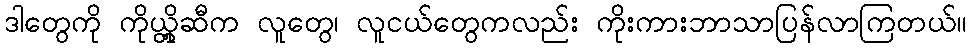
ဒါတွေကို ကိုယ္တို့ဆီက လူတွေ၊ လူငယ်တွေကလည်း ကိုးကားဘာသာပြန်လာကြတယ်။